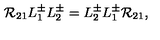
{ \cal R } _ { 2 1 } L _ { 1 } ^ { \pm } L _ { 2 } ^ { \pm } = L _ { 2 } ^ { \pm } L _ { 1 } ^ { \pm } { \cal R } _ { 2 1 } ,